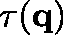
\mathbf { \tau } ( \mathbf { q } )